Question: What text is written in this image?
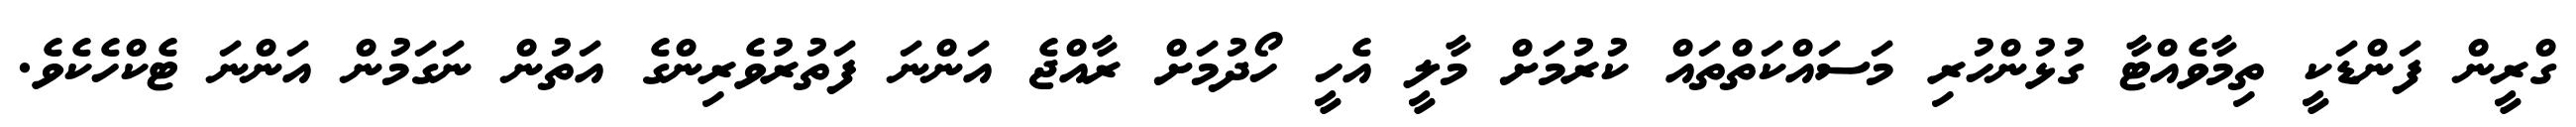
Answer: ގްރީން ފަންޑަކީ ތިމާވެއްޓާ ގުޅުންހުރި މަސައްކަތްތައް ކުރުމަށް މާލީ އެހީ ހޯދުމަށް ރާއްޖެ އަންނަ ފަތުރުވެރިންގެ އަތުން ނަގަމުން އަންނަ ޓެކްހެކެވެ.